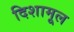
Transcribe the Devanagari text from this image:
दिशामूल